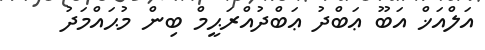
އަލްއަޚް އަބޫ ޢަބްދު ޢަބްދުއްރަޙީމް ބިން މުޙައްމަދު